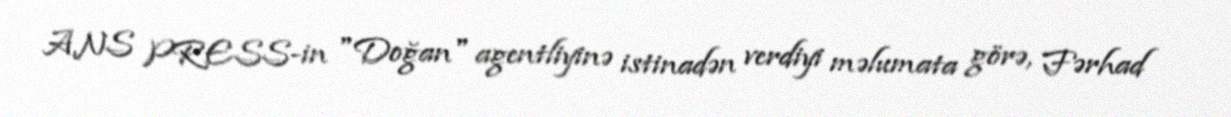
ANS PRESS-in "Doğan" agentliyinə istinadən verdiyi məlumata görə, Fərhad